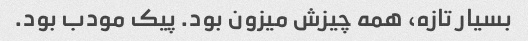
بسیار تازه، همه چیزش میزون بود. پیک مودب بود.